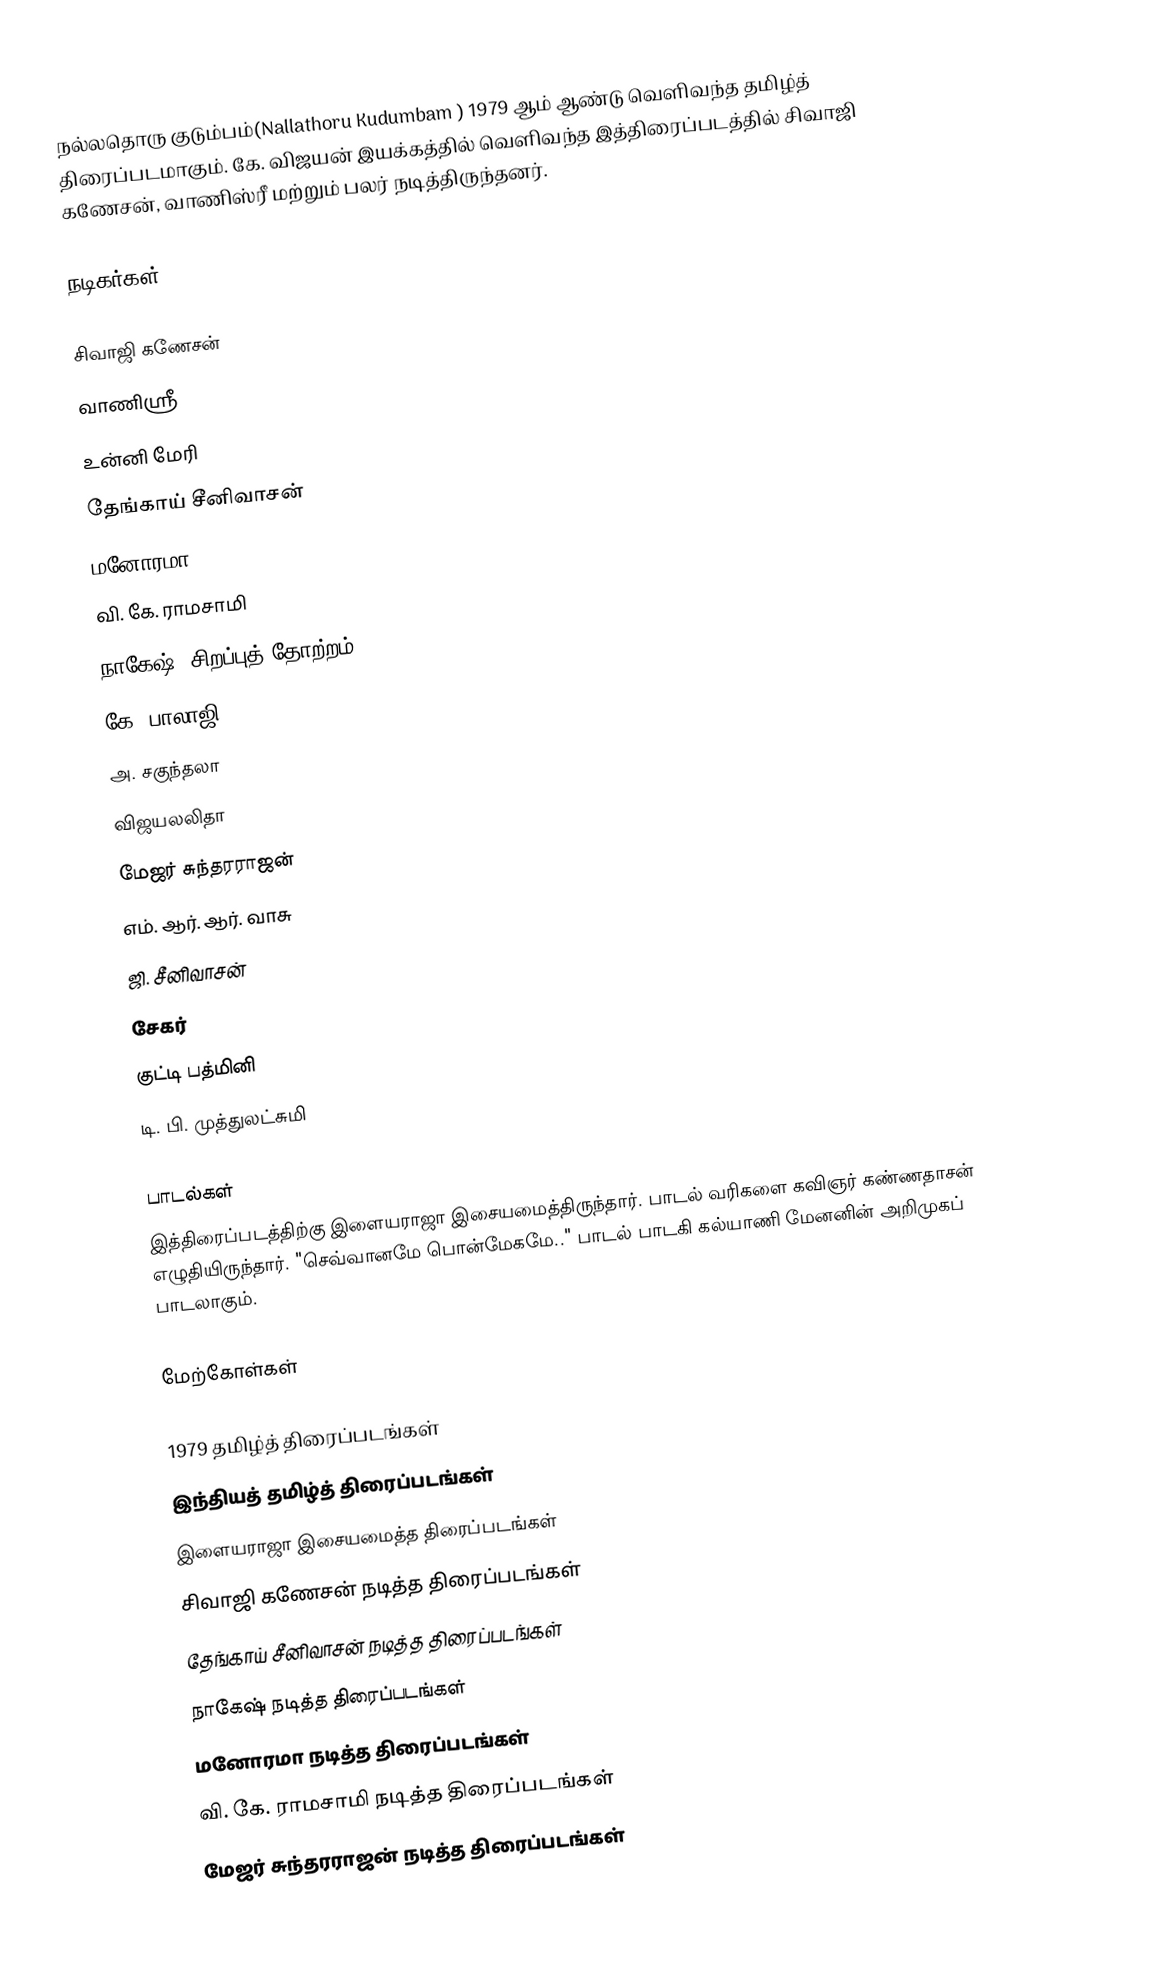
நல்லதொரு குடும்பம்(Nallathoru Kudumbam ) 1979 ஆம் ஆண்டு வெளிவந்த தமிழ்த் திரைப்படமாகும். கே. விஜயன் இயக்கத்தில் வெளிவந்த இத்திரைப்படத்தில் சிவாஜி கணேசன், வாணிஸ்ரீ மற்றும் பலர் நடித்திருந்தனர்.

நடிகர்கள்

சிவாஜி கணேசன்
வாணிஸ்ரீ
உன்னி மேரி
தேங்காய் சீனிவாசன்
மனோரமா
வி. கே. ராமசாமி
நாகேஷ் (சிறப்புத் தோற்றம்)
கே. பாலாஜி
அ. சகுந்தலா
விஜயலலிதா
மேஜர் சுந்தரராஜன்
எம். ஆர். ஆர். வாசு
ஜி. சீனிவாசன்
சேகர்
குட்டி பத்மினி
டி. பி. முத்துலட்சுமி

பாடல்கள்
இத்திரைப்படத்திற்கு இளையராஜா இசையமைத்திருந்தார். பாடல் வரிகளை கவிஞர் கண்ணதாசன் எழுதியிருந்தார். "செவ்வானமே பொன்மேகமே.." பாடல் பாடகி கல்யாணி மேனனின் அறிமுகப் பாடலாகும்.

மேற்கோள்கள்

1979 தமிழ்த் திரைப்படங்கள்
இந்தியத் தமிழ்த் திரைப்படங்கள்
இளையராஜா இசையமைத்த திரைப்படங்கள்
சிவாஜி கணேசன் நடித்த திரைப்படங்கள்
தேங்காய் சீனிவாசன் நடித்த திரைப்படங்கள்
நாகேஷ் நடித்த திரைப்படங்கள்
மனோரமா நடித்த திரைப்படங்கள்
வி. கே. ராமசாமி நடித்த திரைப்படங்கள்
மேஜர் சுந்தரராஜன் நடித்த திரைப்படங்கள்